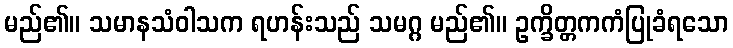
မည်၏။ သမာနသံဝါသက ရဟန်းသည် သမဂ္ဂ မည်၏။ ဥက္ခိတ္တကကံပြုခံရသော